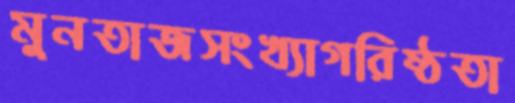
মুনতাজসংখ্যাগরিষ্ঠতা